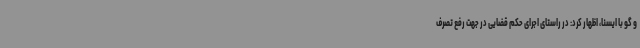
و گو با ایسنا، اظهار کرد: در راستای اجرای حکم قضایی در جهت رفع تصرف